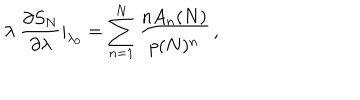
\lambda \ { \frac { \partial S _ { N } } { \partial \lambda } } | _ { \lambda _ { 0 } } = \sum _ { n = 1 } ^ { N } { \frac { n A _ { n } ( N ) } { p ( N ) ^ { n } } } \, ,